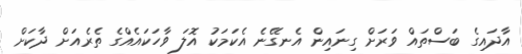
އާދައިގެ ބަސްތައް ވަރަށް ގިނައިން އެނގޭނެ އެކަމަކު އޮލަ ވާހަކައެއްގެ ތެރެއަށް ދާކަށް